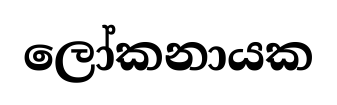
ලෝකනායක